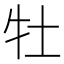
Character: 牡